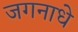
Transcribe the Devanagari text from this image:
जगनाधे